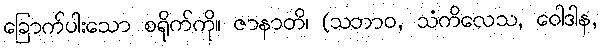
ခြောက်ပါးသော စရိုက်ကို။ ဇာနာတိ၊ (သဘာဝ, သံကိလေသ, ဝေါဒါန,